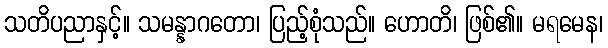
သတိပညာနှင့်။ သမန္နာဂတော၊ ပြည့်စုံသည်။ ဟောတိ၊ ဖြစ်၏။ မရမေန၊